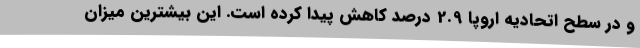
و در سطح اتحادیه اروپا 2.9 درصد کاهش پیدا کرده است. این بیشترین میزان